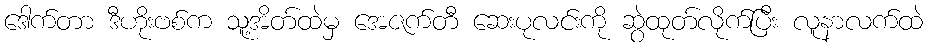
ဒေါက်တာ ဒီဟိုးဗစ်က သူ့အိတ်ထဲမှ အေဇက်တီ ဆေးပုလင်းကို ဆွဲထုတ်လိုက်ပြီး လူနာလက်ထဲ